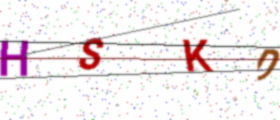
Text: HSKD